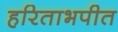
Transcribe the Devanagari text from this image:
हरिताभपीत